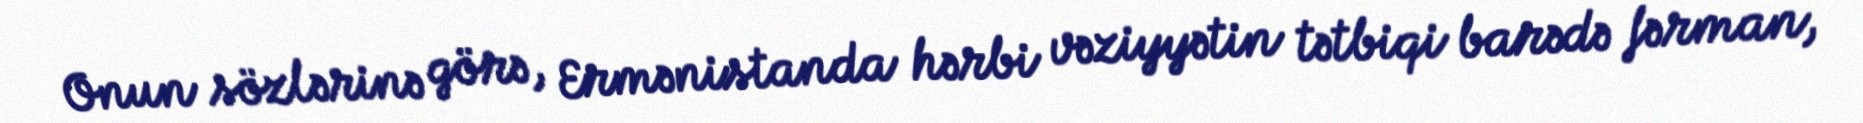
Onun sözlərinə görə, Ermənistanda hərbi vəziyyətin tətbiqi barədə fərman,